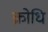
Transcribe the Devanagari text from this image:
क्रोधि